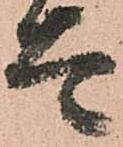
太